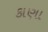
કાણા